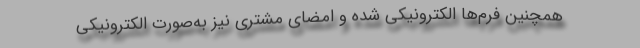
همچنین فرم‌ها الکترونیکی شده و امضای مشتری نیز به‌صورت الکترونیکی